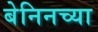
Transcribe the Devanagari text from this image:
बेनिनच्या